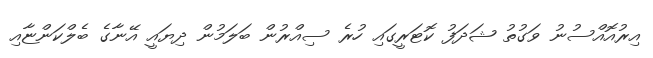
އިރުއޮއްސުނު ވަގުތު ޝަދަފު ކޮޓަރީގައި ހުރެ ސިއްރުން ބަލަމުން ދިޔައީ އޭނާގެ ބެލްކަންޏާއި